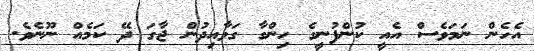
އެހެން ނަމަވެސް އެއީ ކުންފުނީގެ ހިންގާ ގަވާއިދުން ޖާގަ ދޭ ކަމެއް ނޫނެވެ.